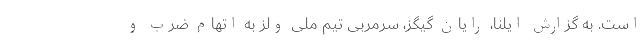
است. به گزارش ایلنا، رایان گیگز، سرمربی تیم ملی ولز به اتهام ضرب و